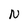
Character: N